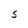
Character: S